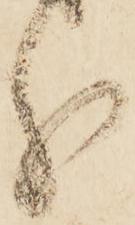
分